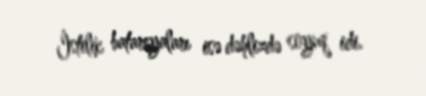
İstilik batareyaları isə dəhlizdə soyuq idi.